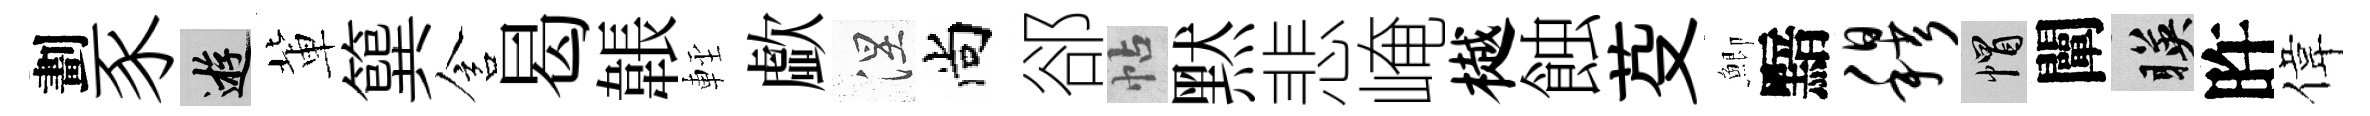
劃豕游軰簨含曷韔䡖歔涅尚郤帖黙悲崦樾蝕芟鯽黯穆帽闡暎旿偉